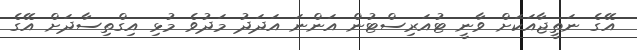
އޭގެ ނަތީޖާއަކަށް ވާނީ ޓުއަރިސްޓުން އަންނަ އަދަދު މަދުވެ މުޅި އިގްތިސާދަށް އޭގެ